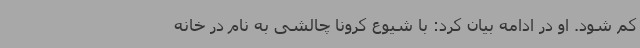
کم شود. او در ادامه بیان کرد: با شیوع کرونا چالشی به نام در خانه